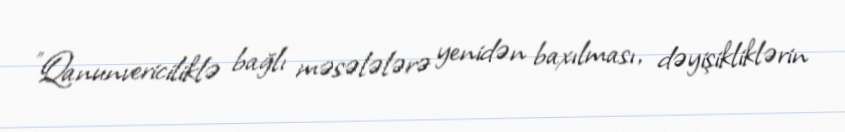
"Qanunvericiliklə bağlı məsələlərə yenidən baxılması, dəyişikliklərin